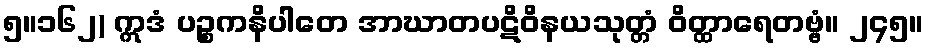
၅။၁၆၂) ဣဒံ ပဉ္စကနိပါတေ အာဃာတပဋိဝိနယသုတ္တံ ဝိတ္ထာရေတဗ္ဗံ။ ၂၄၅။